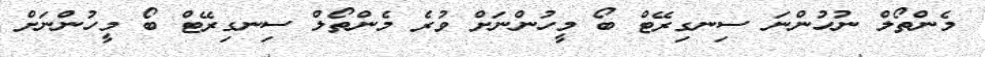
މެންތޯލް ނުހުންނަ ސިނގިރޭޓް ބޯ މީހުންނަށް ވުރެ މެންތޯލް ސިނގިރޭޓް ބޯ މީހުންނަށް